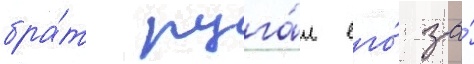
бра́т руга́л его́ за́